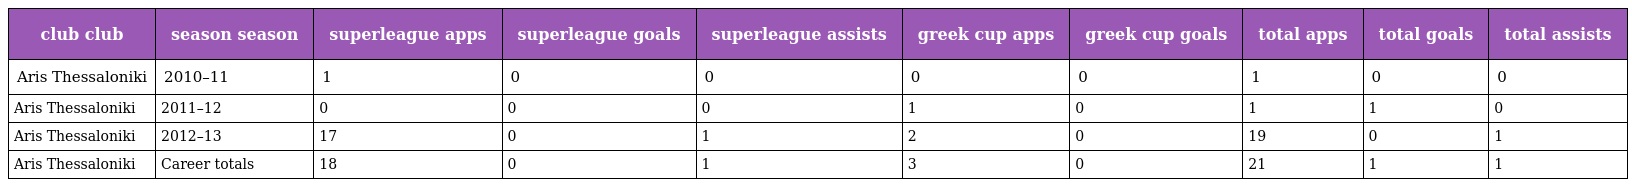
| club club | season season | superleague apps | superleague goals | superleague assists | greek cup apps | greek cup goals | total apps | total goals | total assists |
 | --- | --- | --- | --- | --- | --- | --- | --- | --- | --- |
 | Aris Thessaloniki | 2010–11 | 1 | 0 | 0 | 0 | 0 | 1 | 0 | 0 |
 | Aris Thessaloniki | 2011–12 | 0 | 0 | 0 | 1 | 0 | 1 | 1 | 0 |
 | Aris Thessaloniki | 2012–13 | 17 | 0 | 1 | 2 | 0 | 19 | 0 | 1 |
 | Aris Thessaloniki | Career totals | 18 | 0 | 1 | 3 | 0 | 21 | 1 | 1 |